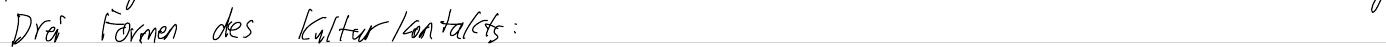
Drei Formen des Kulturkontakts: